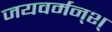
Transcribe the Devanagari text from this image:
जयवर्मन्‌श्